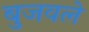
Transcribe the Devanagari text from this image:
बुजवले